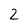
Character: 2